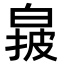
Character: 𬐌